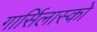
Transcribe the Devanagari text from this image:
गार्सिलास्को